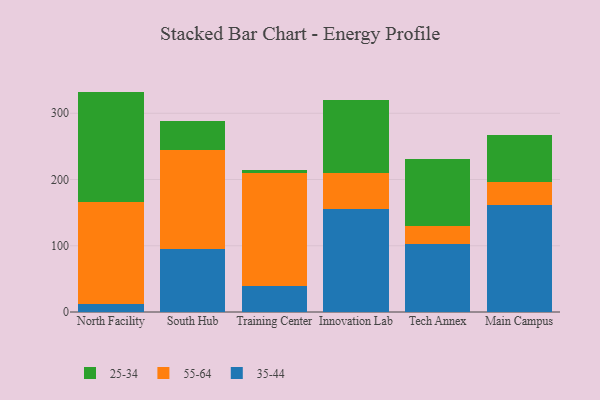
{"axis": {"x": "Campus", "y": "LTV (USD)"}, "legend": ["25-34", "35-44", "55-64"], "data": [{"x": "North Facility", "y": 11.6, "type": "35-44"}, {"x": "North Facility", "y": 154.3, "type": "55-64"}, {"x": "North Facility", "y": 166.8, "type": "25-34"}, {"x": "South Hub", "y": 94.6, "type": "35-44"}, {"x": "South Hub", "y": 150.7, "type": "55-64"}, {"x": "South Hub", "y": 42.5, "type": "25-34"}, {"x": "Training Center", "y": 39.1, "type": "35-44"}, {"x": "Training Center", "y": 170.3, "type": "55-64"}, {"x": "Training Center", "y": 5.5, "type": "25-34"}, {"x": "Innovation Lab", "y": 154.8, "type": "35-44"}, {"x": "Innovation Lab", "y": 54.7, "type": "55-64"}, {"x": "Innovation Lab", "y": 111.2, "type": "25-34"}, {"x": "Tech Annex", "y": 102.7, "type": "35-44"}, {"x": "Tech Annex", "y": 27.5, "type": "55-64"}, {"x": "Tech Annex", "y": 100.3, "type": "25-34"}, {"x": "Main Campus", "y": 161.2, "type": "35-44"}, {"x": "Main Campus", "y": 35.3, "type": "55-64"}, {"x": "Main Campus", "y": 70.4, "type": "25-34"}]}